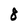
Character: 8